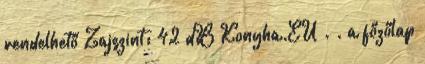
rendelhető Zajszint: 42 dB Konyha.EU . . a főzőlap